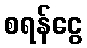
စရန်ငွေ